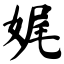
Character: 娓